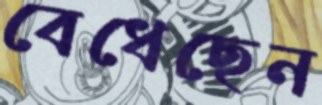
বেধেছেন